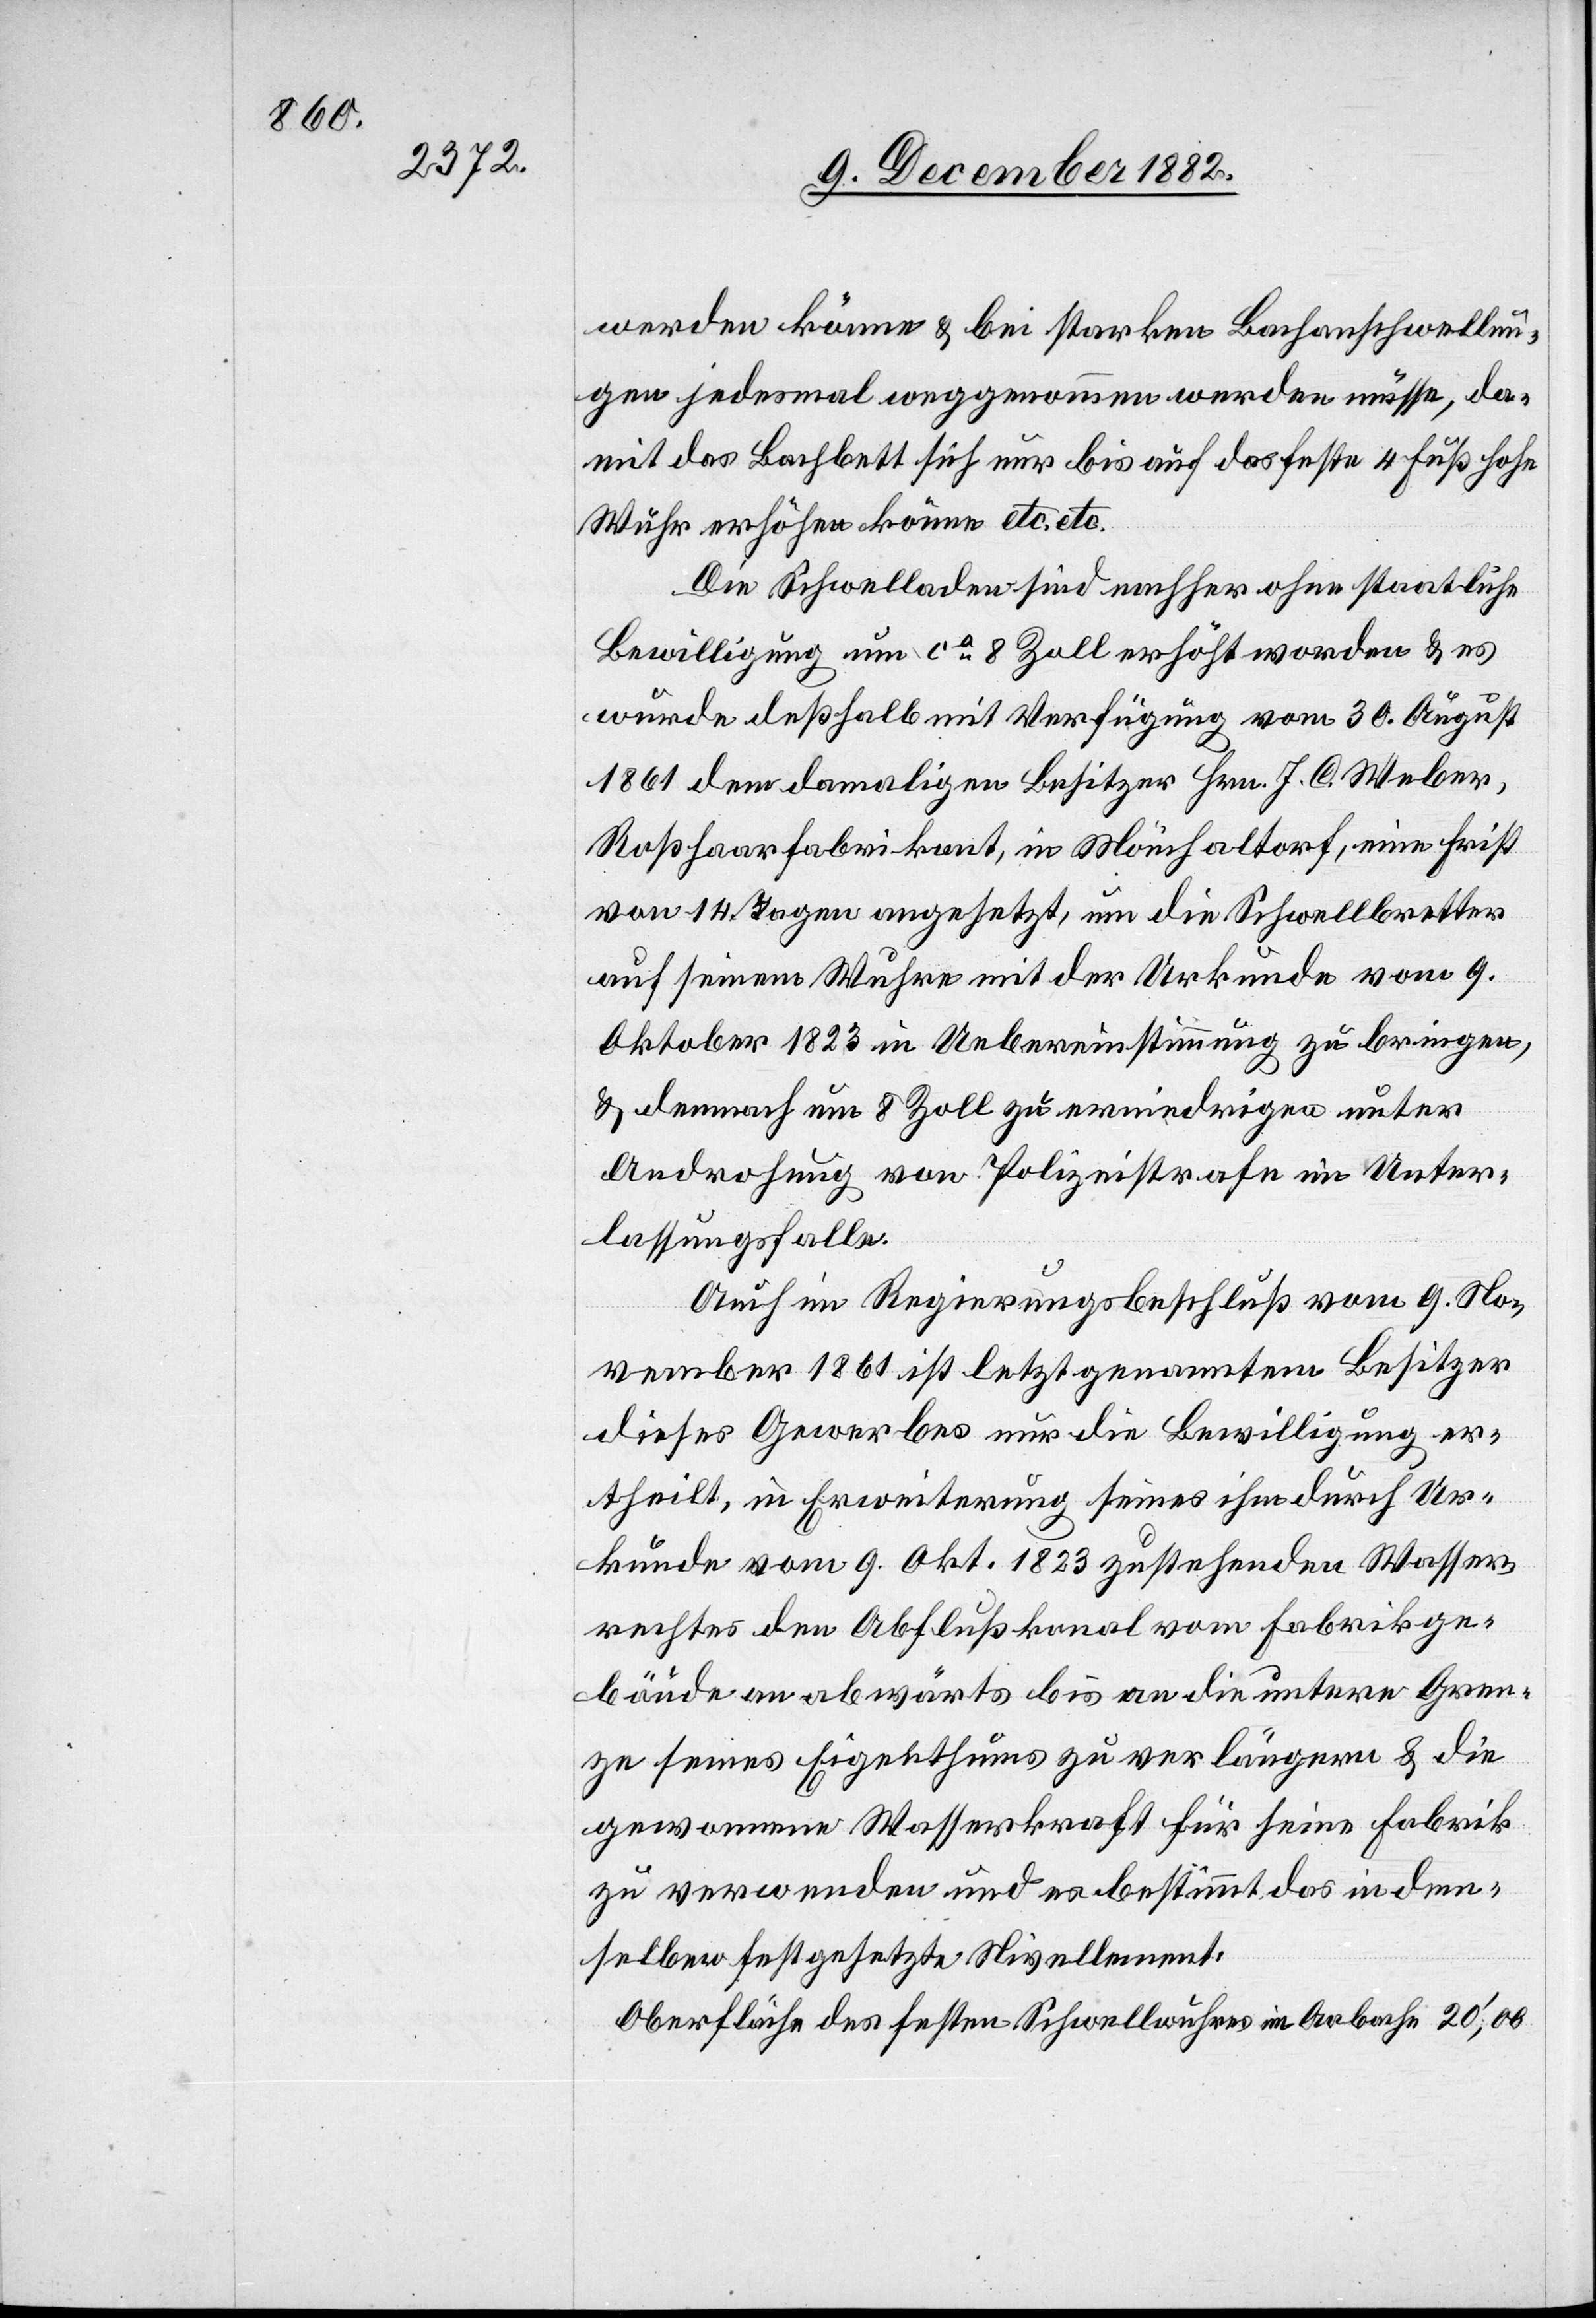
werden könne & bei starken Bachanschwellun¬
gen jedesmal weggenommen werden müsse, da¬
mit das Bachbett sich nur bis auf das feste 4 Fuß hohe
Wuhr erhöhen könne etc. etc.
Die Schwelladen sind nachher ohne staatliche
Bewilligung um ca 8 Zoll erhöht worden & es
wurde deßhalb mit Verfügung vom 30. August
1861 dem damaligen Besitzer Hrn. J. C. Weber,
Roßhaarfabrikant, in Mönchaltorf, eine Frist
von 14 Tagen angesetzt, um die Schwellbretter
auf seinem Wuhre mit der Urkunde vom 9.
Oktober 1823 in Uebereinstimmung zu bringen
& demnach um 8 Zoll zu erniedrigen unter
Androhung von Polizeistrafe im Unter¬
lassungsfalle.
Auch im Regierungsbeschluß vom 9. No¬
vember 1861 ist letztgenanntem Besitzer
dieses Gewerbes nur die Bewilligung er¬
theilt, in Erweiterung seines ihm durch Ur¬
kunde vom 9. Okt. 1823 zustehenden Wasser¬
rechtes den Abflußkanal vom Fabrikge¬
bäude an abwärts bis an die untere Gren¬
ze seines Eigenthums zu verlängern & die
gewonnene Wasserkraft für seine Fabrik
zu verwenden und es bestimmt das in dem¬
selben festgesetzte Nivellement.
Oberfläche des festen Schwellwuhres im Aabache 20,00